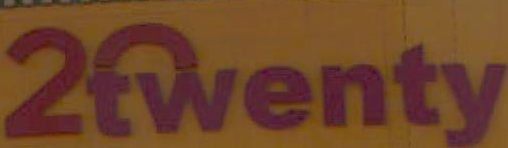
2wenty